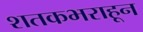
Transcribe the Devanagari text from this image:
शतकभराहून